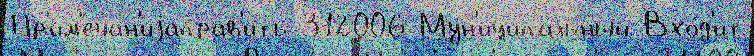
Пр'им'ечан'иjаправ'ить 312006 Мун'иципа́льный Вхо́д'ит